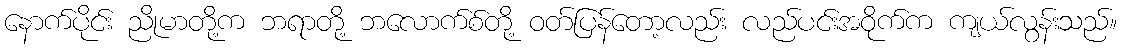
နောက်ပိုင်း ညိုမာတို့က ဘရာတို့ ဘလောက်စ်တို့ ဝတ်ပြန်တော့လည်း လည်ပင်းအဝိုက်က ကျယ်လွန်းသည်။